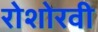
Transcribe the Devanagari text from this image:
रोशोरवी